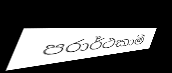
පරාර්ථකාමී